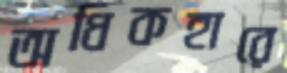
অধিকহারে